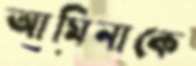
আমিনাকে